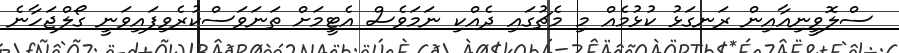
ސްލޮވީނިއާއިން ރަނގަޅު ކުޅުމެއް މި މެޗުގައި ދެއްކި ނަމަވެސް އެޓީމަށް ތަނަވަސްކުރެވިފައިވަނީ ގޯލްޖަހާނެ